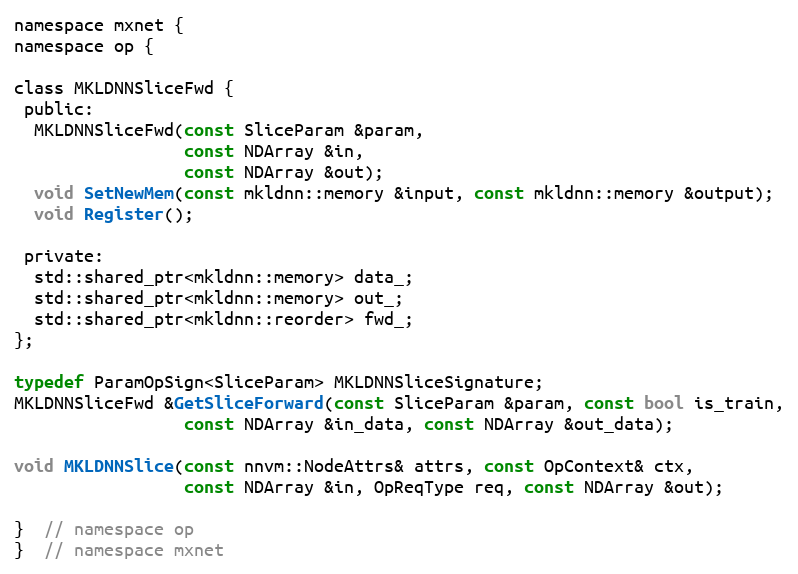
Language: C
namespace mxnet {
namespace op {

class MKLDNNSliceFwd {
 public:
  MKLDNNSliceFwd(const SliceParam &param,
                 const NDArray &in,
                 const NDArray &out);
  void SetNewMem(const mkldnn::memory &input, const mkldnn::memory &output);
  void Register();

 private:
  std::shared_ptr<mkldnn::memory> data_;
  std::shared_ptr<mkldnn::memory> out_;
  std::shared_ptr<mkldnn::reorder> fwd_;
};

typedef ParamOpSign<SliceParam> MKLDNNSliceSignature;
MKLDNNSliceFwd &GetSliceForward(const SliceParam &param, const bool is_train,
                 const NDArray &in_data, const NDArray &out_data);

void MKLDNNSlice(const nnvm::NodeAttrs& attrs, const OpContext& ctx,
                 const NDArray &in, OpReqType req, const NDArray &out);

}  // namespace op
}  // namespace mxnet